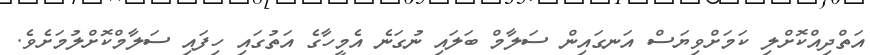
އަތްދިއްކޮށްލި ކަމަށްވިޔަސް އަނގައިން ސަލާމް ބަލައި ނުގަނެ އެމީހާގެ އަތުގައި ހިފައި ސަލާމްކޮށްލުމަށެވެ.